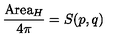
\frac { \mathrm { A r e a } _ { H } } { 4 \pi } = S ( p , q )